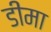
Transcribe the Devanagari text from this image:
डीमा